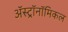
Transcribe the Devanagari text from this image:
अॅस्ट्रॉनॉमिकल